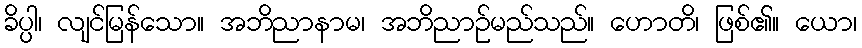
ခိပ္ပါ၊ လျင်မြန်သော။ အဘိညာနာမ၊ အဘိညာဉ်မည်သည်။ ဟောတိ၊ ဖြစ်၏။ ယော၊